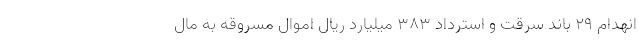
انهدام ۲۹ باند سرقت و استرداد ۳۸۳ میلیارد ریال اموال مسروقه به مال